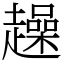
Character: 趮